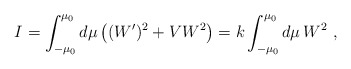
\begin{align*}I=\int^{\mu_0}_{-\mu_0} d\mu \left((W')^2 +V W^2 \right)=k\int^{\mu_0}_{-\mu_0} d\mu\, W^2\ ,\end{align*}